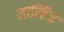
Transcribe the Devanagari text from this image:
माल्टिज